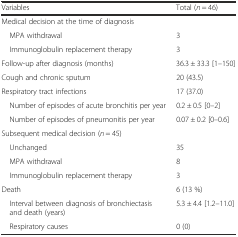
<table><thead><tr><td><b>Variables</b></td><td><b>Total (<i>n</i> = 46)</b></td></tr></thead><tbody><tr><td>Medical decision at the time of diagnosis</td><td></td></tr><tr><td> MPA withdrawal</td><td>3</td></tr><tr><td> Immunoglobulin replacement therapy</td><td>3</td></tr><tr><td>Follow-up after diagnosis (months)</td><td>36.3 ± 33.3 [1–150]</td></tr><tr><td>Cough and chronic sputum</td><td>20 (43.5)</td></tr><tr><td>Respiratory tract infections</td><td>17 (37.0)</td></tr><tr><td> Number of episodes of acute bronchitis per year</td><td>0.2 ± 0.5 [0–2]</td></tr><tr><td> Number of episodes of pneumonitis per year</td><td>0.07 ± 0.2 [0–0.6]</td></tr><tr><td>Subsequent medical decision (<i>n</i> = 45)</td><td></td></tr><tr><td> Unchanged</td><td>35</td></tr><tr><td> MPA withdrawal</td><td>8</td></tr><tr><td> Immunoglobulin replacement therapy</td><td>3</td></tr><tr><td>Death</td><td>6 (13 %)</td></tr><tr><td> Interval between diagnosis of bronchiectasis and death (years)</td><td>5.3 ± 4.4 [1.2–11.0]</td></tr><tr><td> Respiratory causes</td><td>0 (0)</td></tr></tbody></table>